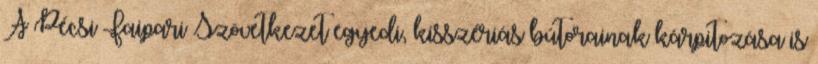
A Pécsi Faipari Szövetkezet egyedi, kisszériás bútorainak kárpitozása is